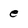
Character: e